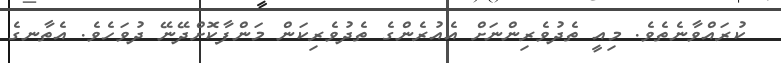
ކުރައްވާނެތެވެ. މިއީ ތެދުވެރިންނަށް އެއުރެންގެ ތެދުވެރިކަން މަންފާކޮށްދޭނޭ ދުވަހެވެ. އެތާނގެ